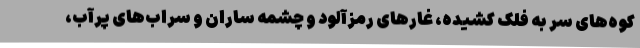
کوه‌های سر به فلک کشیده، غارهای رمزآلود و چشمه ساران و سراب‌های پرآب،